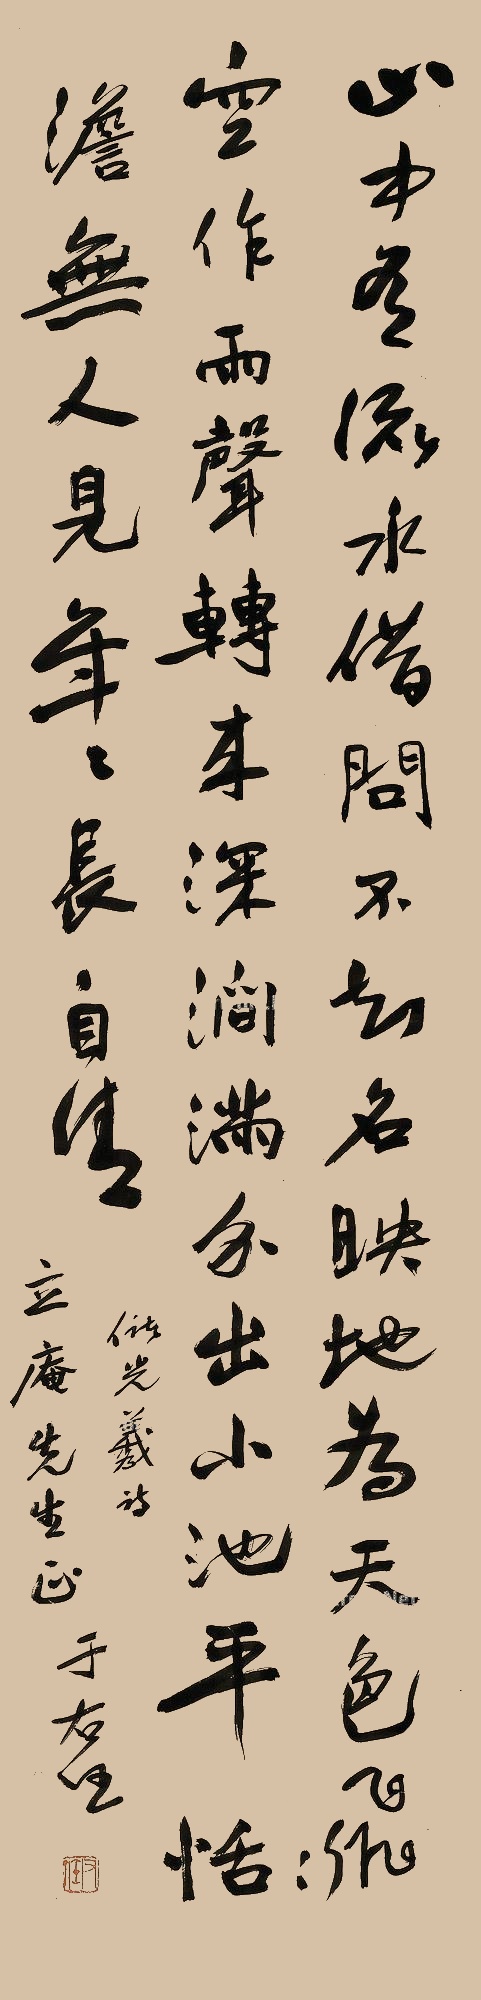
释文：山中有流水，借问不知名。映地为天色，飞空作雨声。转来深涧满，分出小池平。恬澹无人见，年年长自清。储光羲诗。立庵先生正。于右任。